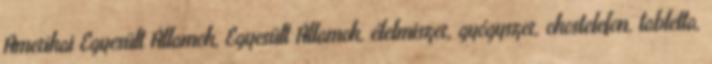
Amerikai Egyesült Államok, Egyesült Államok, élelmiszer, gyógyszer, okostelefon, tabletta,